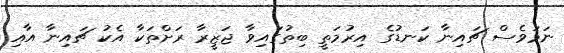
ނަމަވެސް ޗައިނާ ކަނޑުގެ އިރުމަތީ ބިތުގައިވާ ޖަޒީރާ ރަށްތަކާ އެކު ޗައިނާ އާއި